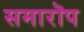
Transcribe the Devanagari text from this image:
समारॊप